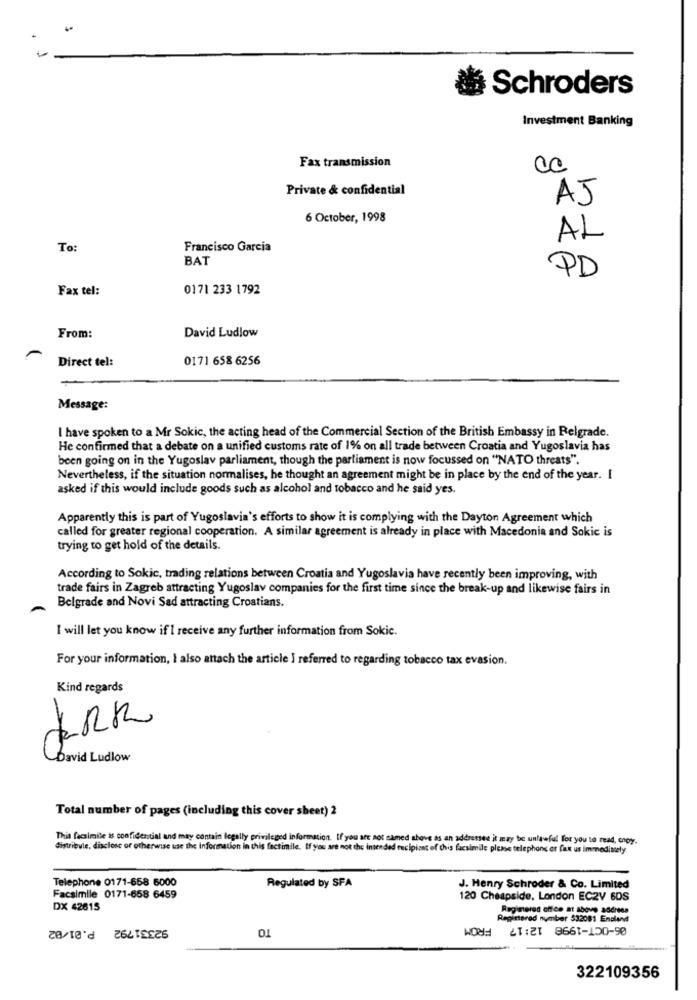
Schroders
Investment Banking
Fax transmission
Private & confidential
AJ
6 October, 1998
AL
To:
Francisco Garcia
BAT
PD
Fax tel:
0171 233 1792
David Ludlow
From:
-
Direct tel:
0171 658 6256
Message:
I have spoken to a Mr Sokic, the acting head of the Commercial Section of the British Embassy in Belgrade.
He confirmed that a debate on a unified customs rate of 1% on all trade between Croatia and Yugoslavia has
been going on in the Yugoslav parliament, though the parliament is now focussed on "NATO threats".
Nevertheless, if the situation normalises, he thought an agreement might be in place by the end of the year. I
asked if this would include goods such as alcohol and tobacco and he said yes.
Apparently this is part of Yugoslavia's efforts to show it is complying with the Dayton Agreement which
called for greater regional cooperation. A similar agreement is already in place with Macedonia and Sokic is
trying to get hold of the details.
According to Sokic, trading relations between Croatia and Yugoslavia have recently been improving, with
trade fairs in Zagreb attracting Yugoslav companies for the first time since the break-up and likewise fairs in
Belgrade and Novi Sad attracting Croatians.
I will let you know if I receive any further information from Sokic.
For your information, I also attach the article I referred to regarding tobacco tax evasion.
Kind regards
David Ludlow
Total number of pages (including this cover sheet) 2
This facsimile is confidential and may contain legally privileged information. If you are not named above as an addresses it may be unlawful for you to read, copy.
distribule, disclose or otherwise use the information in this factimile. If you are not the intended recipient of this facsimile please telephone or fax us immediately.
Telephone 0171-658 6000
Regulated by SFA
J. Henry Schroder & Co. Limited
Facsimile 0171-658 6459
120 Cheapside, London EC2V 60S
DX 42615
Registered office at above address
92331792 P.01/02
TO
Registered number 532081 Endevit
06-OCT-1998 12:17 FROM
322109356